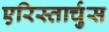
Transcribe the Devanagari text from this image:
एरिस्तार्चुस